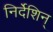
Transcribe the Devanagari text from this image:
निर्देशिन्